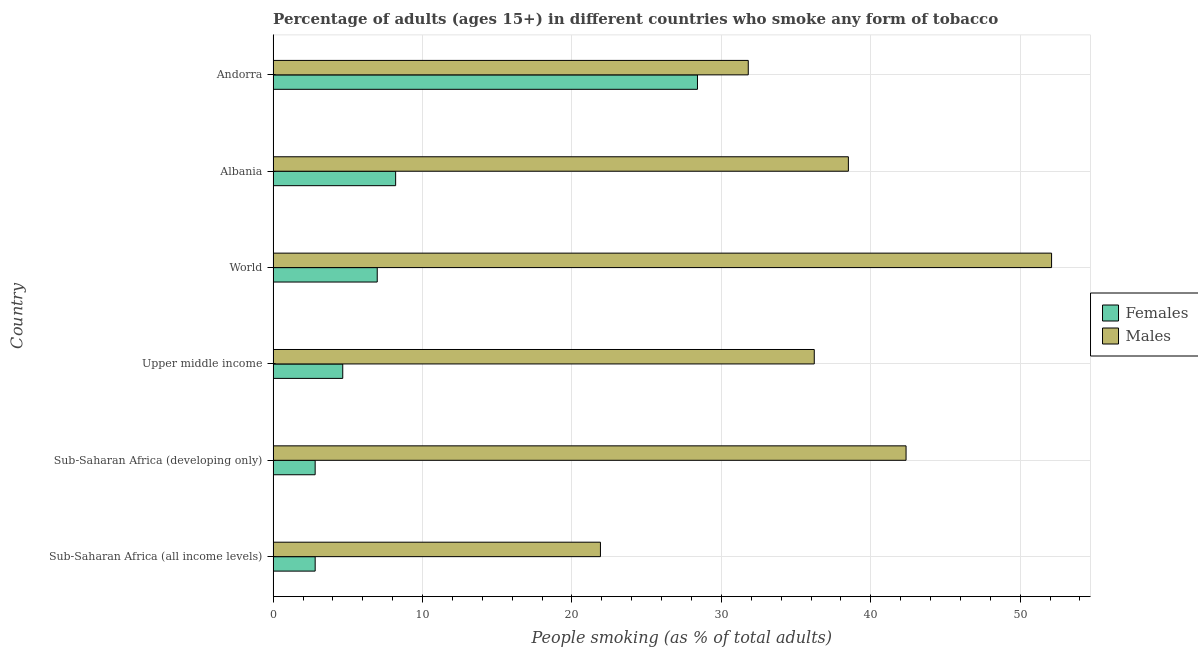
| Country | Females | Males |
 | --- | --- | --- |
 | Sub-Saharan Africa (all income levels) | 2.81 | 21.9 |
 | Sub-Saharan Africa (developing only) | 2.81 | 42.4 |
 | Upper middle income | 4.66 | 36.2 |
 | World | 6.97 | 52.1 |
 | Albania | 8.2 | 38.5 |
 | Andorra | 28.4 | 31.8 |